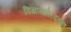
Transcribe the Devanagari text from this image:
विज्ञानभैरवतन्त्र